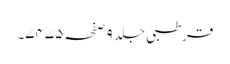
قرطبی جلد ٩ صفحہ ٧٤٧٥۔